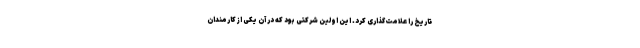
تاریخ را علامت‌گذاری کرد. این اولین شرکتی بود که در آن یکی از کارمندان